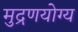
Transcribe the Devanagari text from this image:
मुद्रणयोग्य